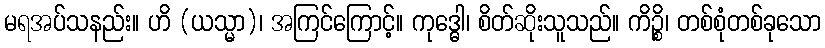
မရအပ်သနည်း။ ဟိ (ယသ္မာ)၊ အကြင်ကြောင့်။ ကုဒ္ဓေါ၊ စိတ်ဆိုးသူသည်။ ကိဉ္စိ၊ တစ်စုံတစ်ခုသော